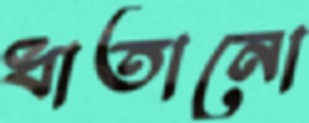
ধাতানো